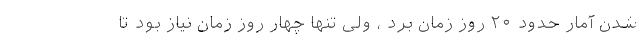
شدن آمار حدود ۲۰ روز زمان برد ، ولی تنها چهار روز زمان نیاز بود تا